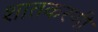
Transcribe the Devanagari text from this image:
शातकरणी